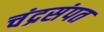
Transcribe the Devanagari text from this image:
चंद्रसंपत